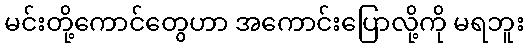
မင်းတို့ကောင်တွေဟာ အကောင်းပြောလို့ကို မရဘူး